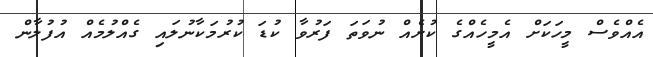
އެއްވެސް މީހަކަށް އެމީހެއްގެ ކުށެއް ނުވަތަ ފަރުވާ ކުޑަ ކުރުމަކާނުލައި ގެއްލުމެއް އުފުލާން